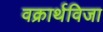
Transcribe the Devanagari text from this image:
वक्रार्थविजा